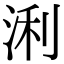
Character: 浰